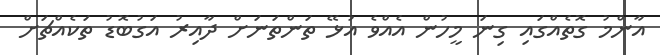
އާންމު ގޮތެއްގައި ގިނަ މީހުން އެއްވެ އުޅޭ ތަންތަނަށް ދާއިރު އަގުބޮޑު ތަކެއްޗަށް